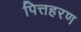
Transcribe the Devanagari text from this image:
पित्तहरण